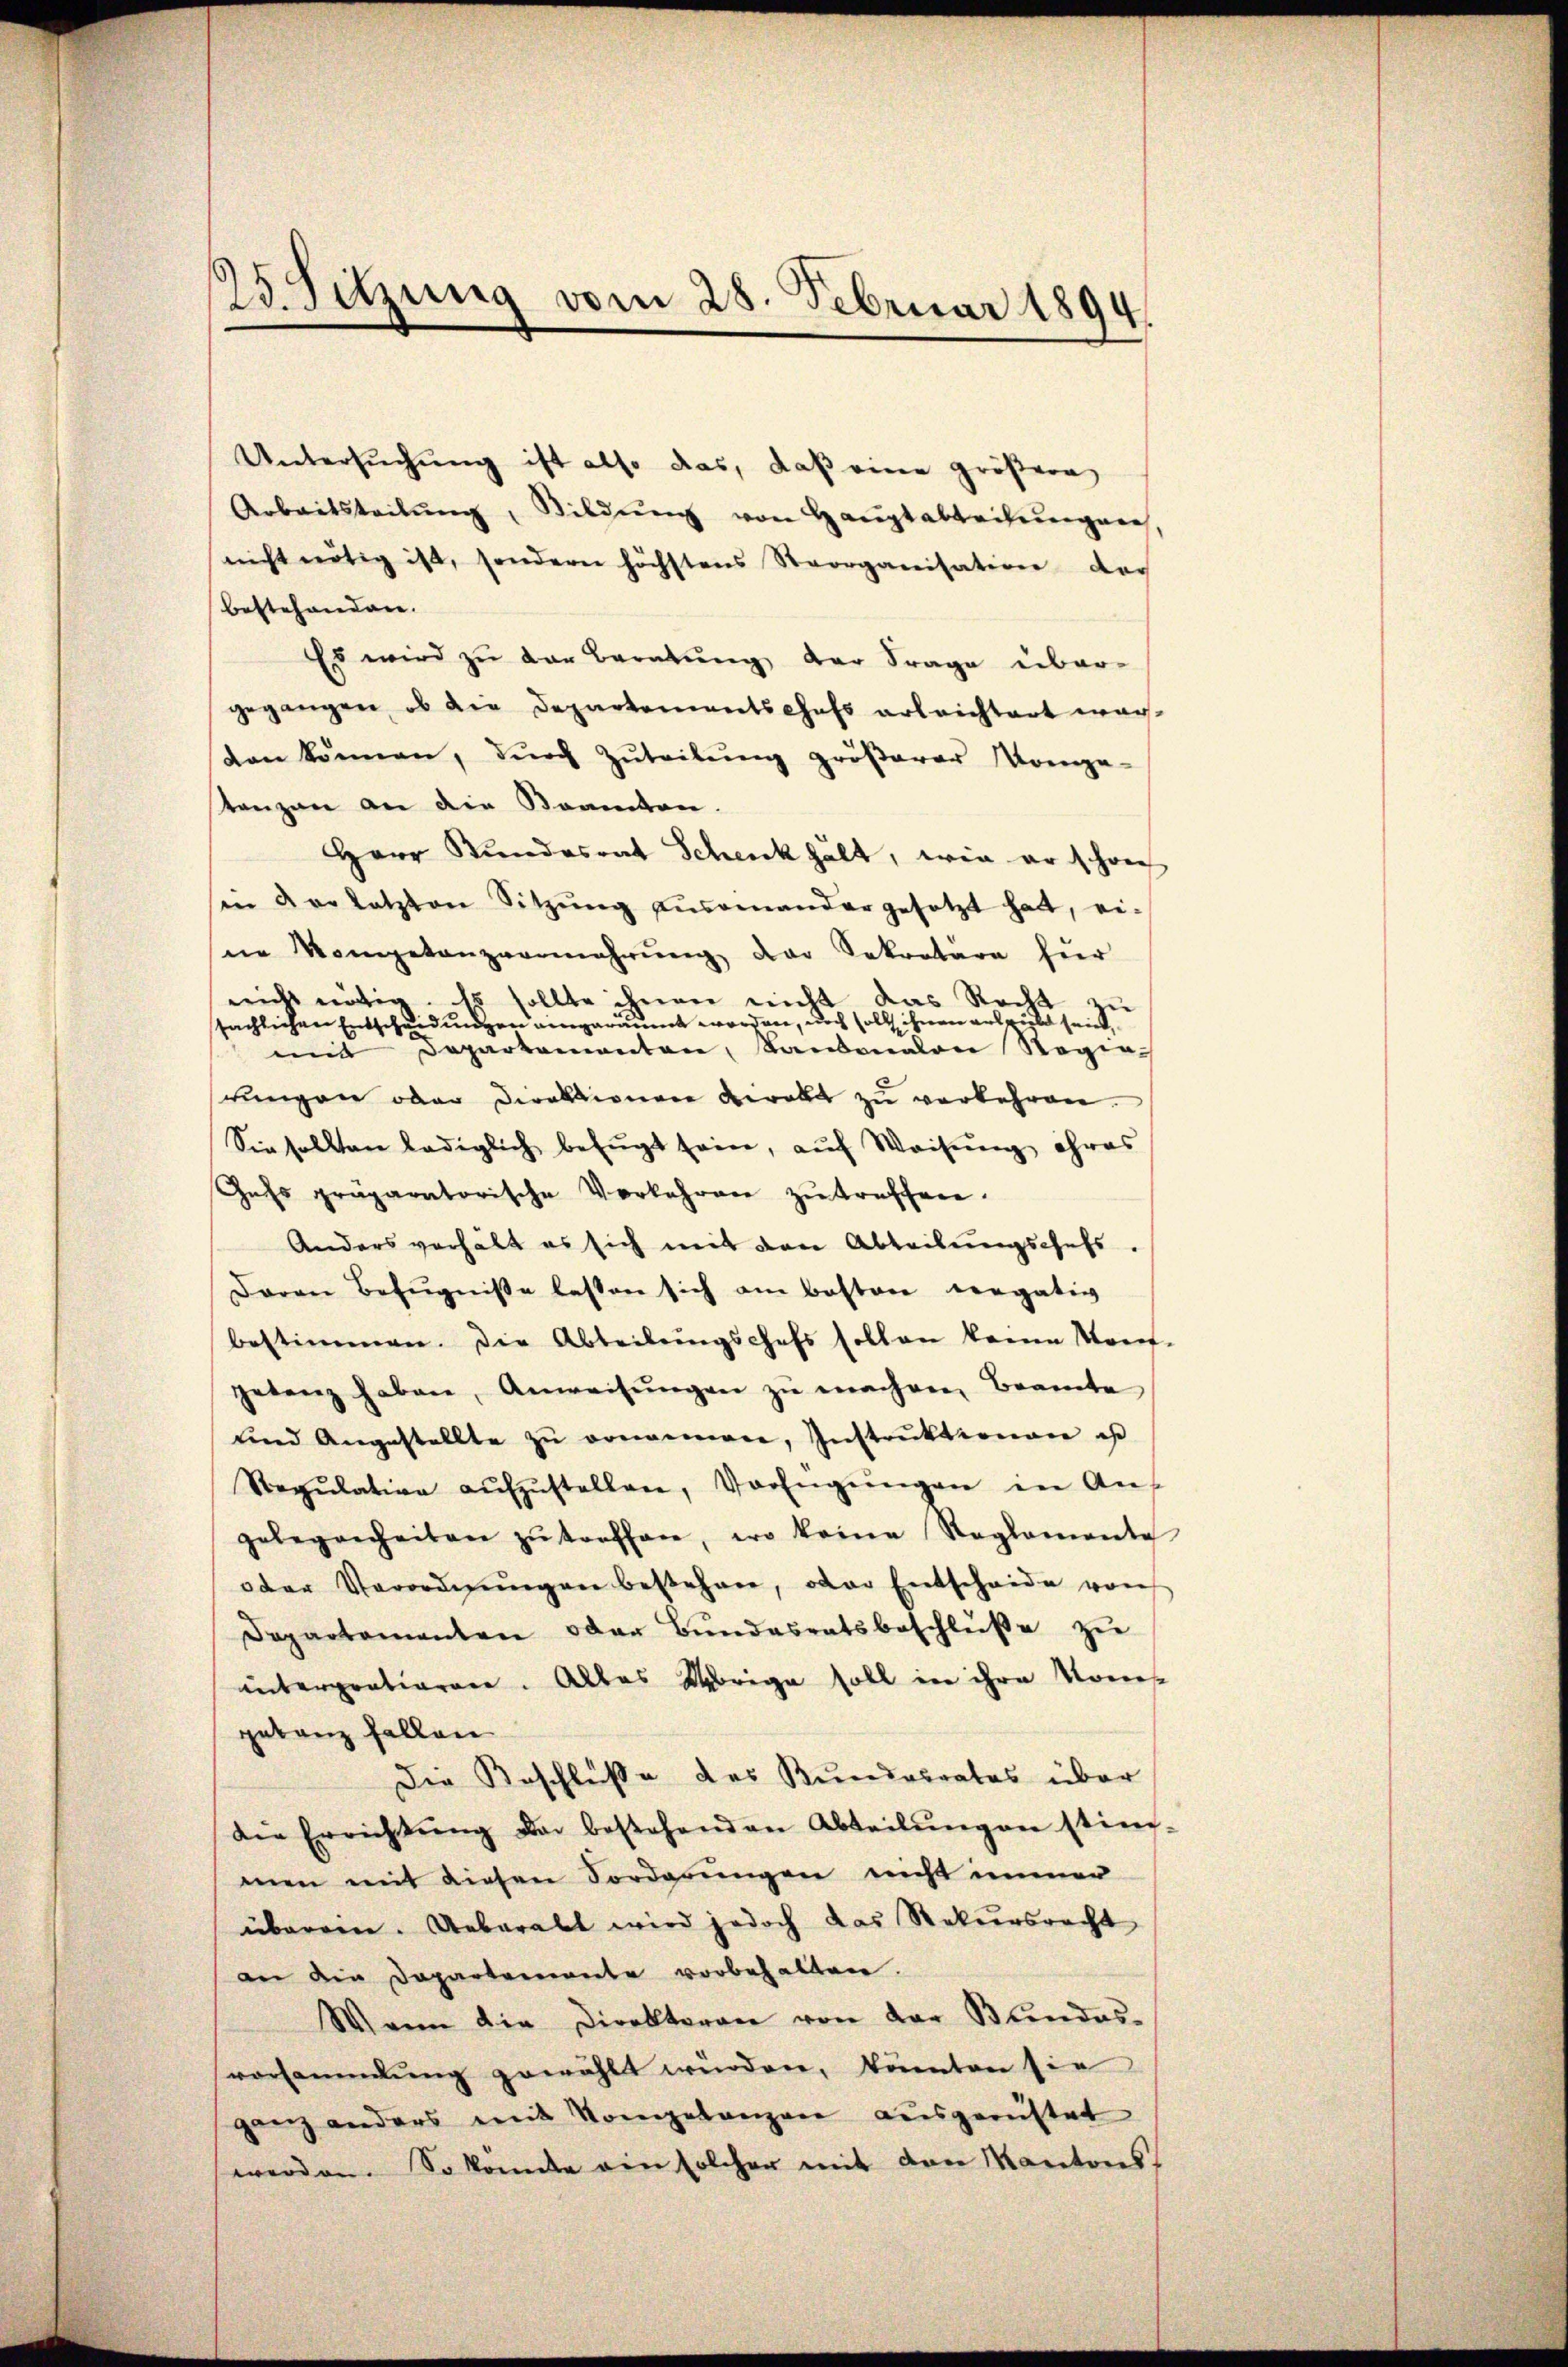
25 Sitzung vom 28. Februar 1894

Untersuchung ist also das, daß eine größere
Arbeitsteilŭng, Bildŭng von Haŭptabteilŭngen,
nicht nötig ist, sondern höchstens Strorganisation der
bestehenden.
Es wird zŭ der Beratŭng der Frage über-
gegangen, ob die Departementschafs erleichtert wardan können, dŭrch Zŭteilŭng gröβerer Kompe-
tanzen an die Beamten.
Herr Kundesrat Schenk hält, wie er schon
in der letzten Sitzŭng aŭsgenander gesetzt hatt, ei-
ne Kompetanzvermehrŭng der Sekretäre für
nicht nöthig. Es sollte ihnen nicht das Recht zu
sächlichen Entscheidungen eingeräumt worden, noch soll ihnen ausgibt sein,
Departementen, Landenalen Regie¬
und
rŭngen oder Direktionen verabt zŭ verkehren.
Sie sollten lediglich befŭgt sein, aŭf Weisŭng ehres
Gets präparatorische Vorkehren zŭ treffen.
Anders verhält es sich mit den Abteilŭngschefs,
Daron Befugnisse lassen sich am besten vergativ
bestimmen. Die Abteilungschefs sollen kann Mont-
getanz haben, Anweisŭngen zŭ machen Beamte
und Angestellte zŭ vonammer, Instruktionen es
Regŭlative aŭfzŭstellen, Verfügŭngen in An-
gelegenheiten zŭ treffen, wo keine Reglemente
oder Verordnŭngen bestehen, oder Entscheide von
Departementen oder Bŭndesratsbeschlüße zu
interprationen. Alles Übrige soll in ihre Kom
getanz fallen
Die Beschluße des Kundesrates über
die Errichtŭng der bestehenden Abteilŭngen stim-
men mit diesen Vorderungen nicht immer
überein. Ueberall wird jedoch das Rekursrecht
an die Departemente vorbehalten.
Wann die Direktoran von der Bundes-
vorsammlung gewählt würden, könnten sie
ganz anders mit Vompetanzen ausgerüstet
werden. So konnte ein solcher mit den Kantons-